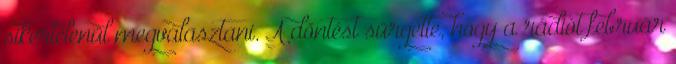
sikertelenül megválasztani. A döntést sürgette, hogy a rádiót február